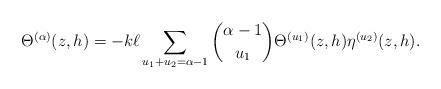
LaTeX: \begin{align*} \Theta^{(\alpha)}(z,h) = - k \ell \sum_{u_1+u_2 =\alpha-1} \binom{\alpha-1}{u_1} \Theta^{(u_1)}(z,h) \eta^{(u_2)}(z,h).\end{align*}